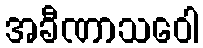
အခီဏာသဝေါ